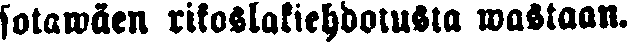
sotawäen rikoslakiehdotusta wastaan.